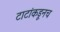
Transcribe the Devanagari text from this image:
टाटांकडूनच